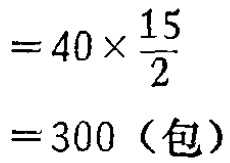
\[

\begin{align*}

&=40\times\frac{15}{2}\\

&=300（包）

\end{align*}

\]